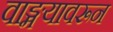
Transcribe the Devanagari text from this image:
वाङ्मयावरून